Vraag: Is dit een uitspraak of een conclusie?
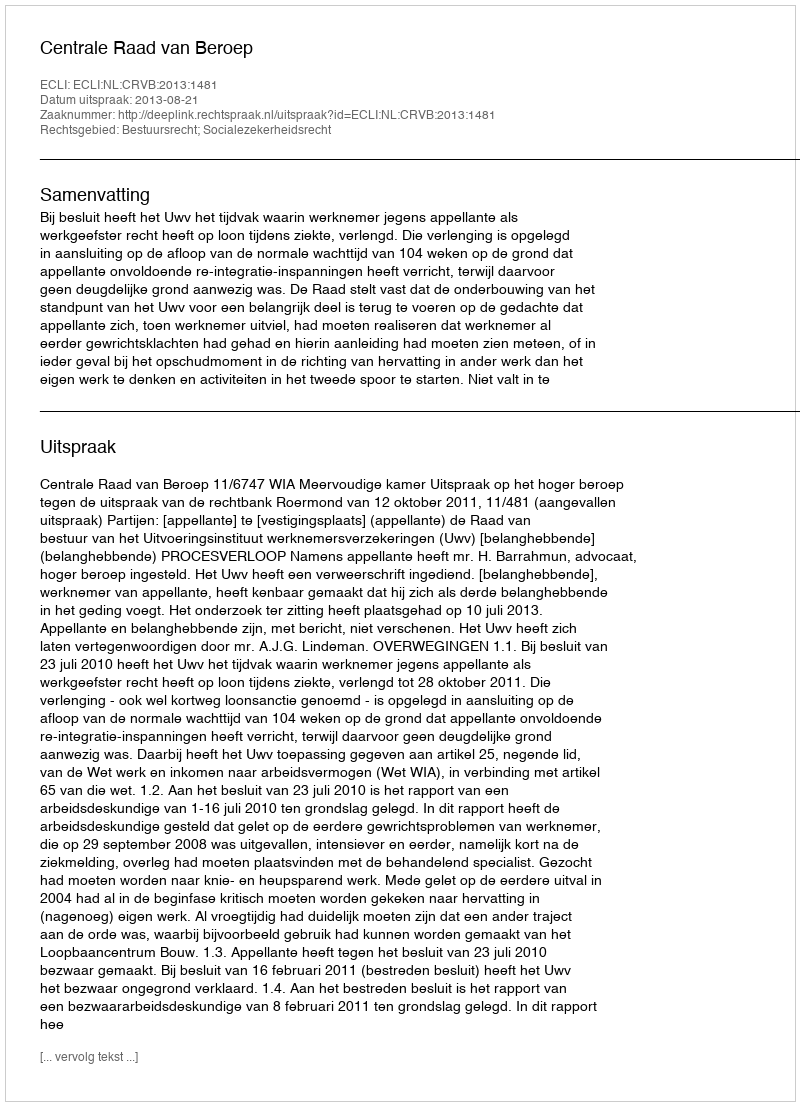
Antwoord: Uitspraak